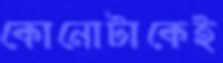
কোনোটাকেই